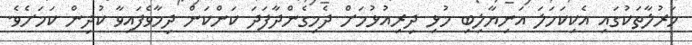
މަރުލާތަކުގައި އެކިކަހަލަ އަނިޔާލިބި މުޅި ދިރިއުޅުމަށް ދެމިގެންދާފަދަ ކަންކަން ދިމާވެފައިވާ ކުދިން ކަމަށެވެ.